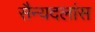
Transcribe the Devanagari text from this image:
सैन्यदलांस